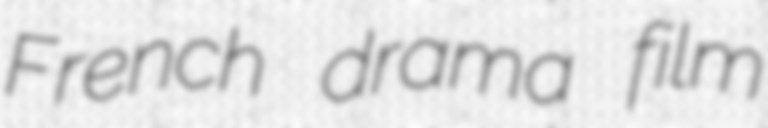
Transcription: French drama film